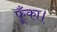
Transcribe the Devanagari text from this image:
फूँका।